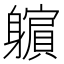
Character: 𲄮